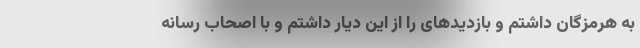
به هرمزگان داشتم و بازدیدهای را از این دیار داشتم و با اصحاب رسانه